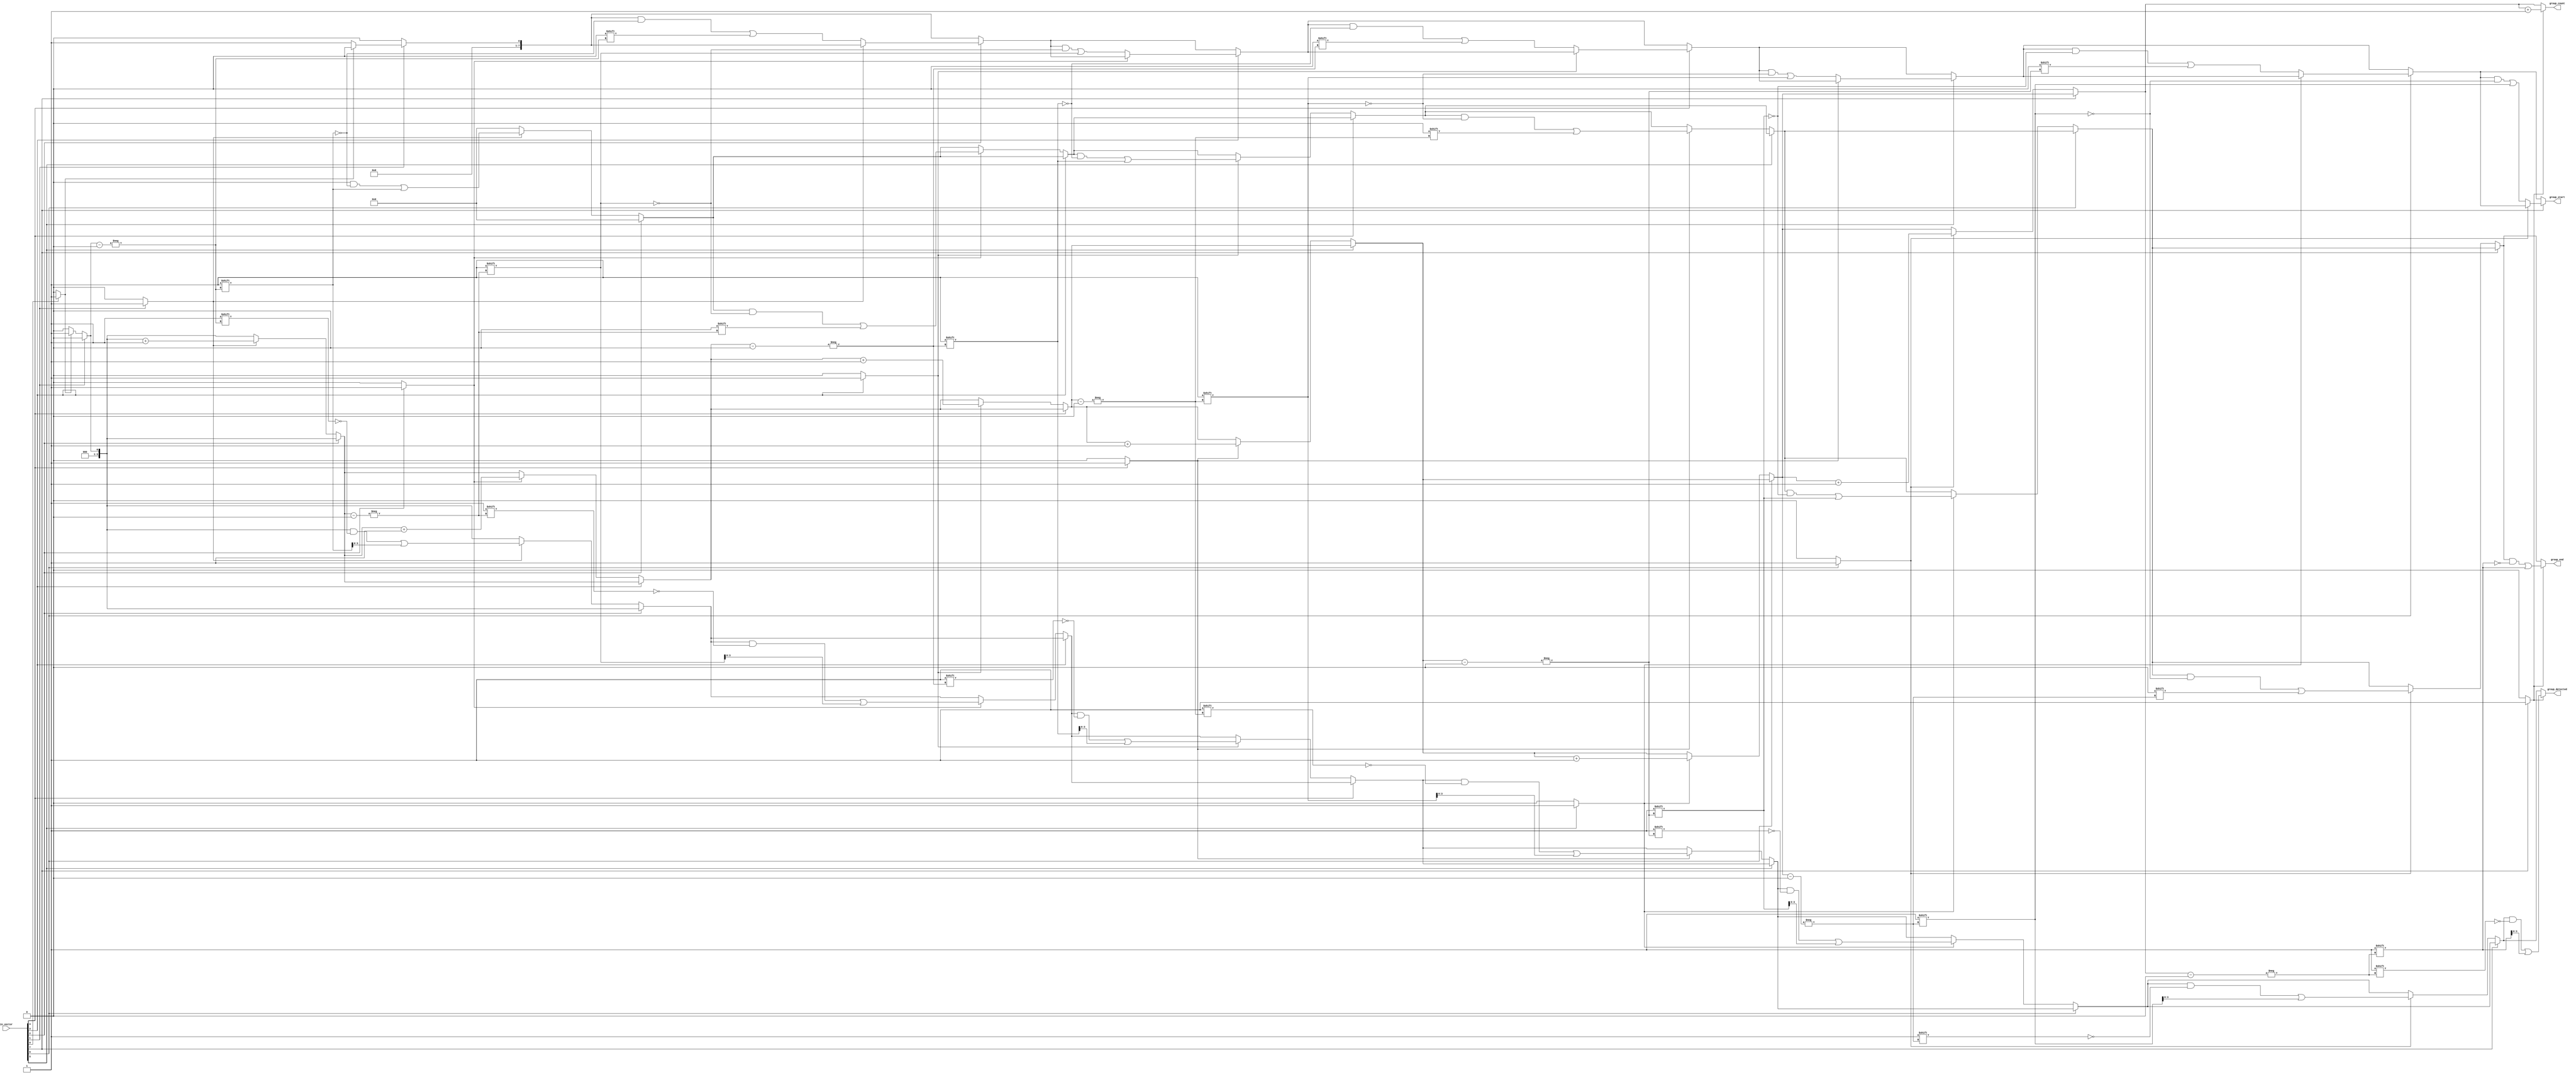
module GroupingOfOnes #(
    parameter N = 8,  // Configurable input vector length
    parameter MAX_GROUPS = 4 // Maximum number of groups to detect
)(
    input  wire [N-1:0] in_vector,  // Input binary vector
    output reg  [MAX_GROUPS-1:0] group_detected, // Group detected flags
    output reg  [N-1:0] group_start, // Start indices of groups
    output reg  [N-1:0] group_end,   // End indices of groups
    output reg  [3:0] group_count     // Number of groups detected
);

    integer i;
    reg in_group; // State to track if we are currently in a group of 1s

    always @(*) begin
        // Initialize outputs
        group_detected = 0;
        group_start = 0;
        group_end = 0;
        group_count = 0;
        in_group = 0;

        // Iterate through the input vector
        for (i = 0; i < N; i = i + 1) begin
            if (in_vector[i] == 1) begin
                if (!in_group) begin
                    // Start of a new group
                    in_group = 1;
                    group_start[group_count] = i; // Record start index
                end
            end else begin
                if (in_group) begin
                    // End of the current group
                    in_group = 0;
                    group_end[group_count] = i - 1; // Record end index
                    group_detected[group_count] = 1; // Mark group detected
                    group_count = group_count + 1; // Increment group count
                end
            end
        end

        // Handle case where the last group ends at the last bit
        if (in_group) begin
            group_end[group_count] = N - 1; // Record end index for the last group
            group_detected[group_count] = 1; // Mark group detected
            group_count = group_count + 1; // Increment group count
        end
    end

endmodule